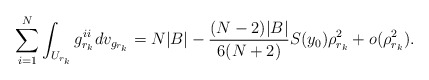
\begin{align*} \sum_{i=1}^N \int_{U_{r_k}} g_{r_k}^{ii} dv_{g_{r_k}} =N|B| - \frac{(N-2)|B|}{6(N+2)}S(y_0) \rho_{r_k}^2 + o(\rho_{r_k}^2).\end{align*}